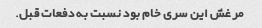
مرغش این سری خام بود نسبت به دفعات قبل.